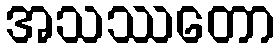
အသဿတော